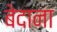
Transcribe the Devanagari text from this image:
बेदाना